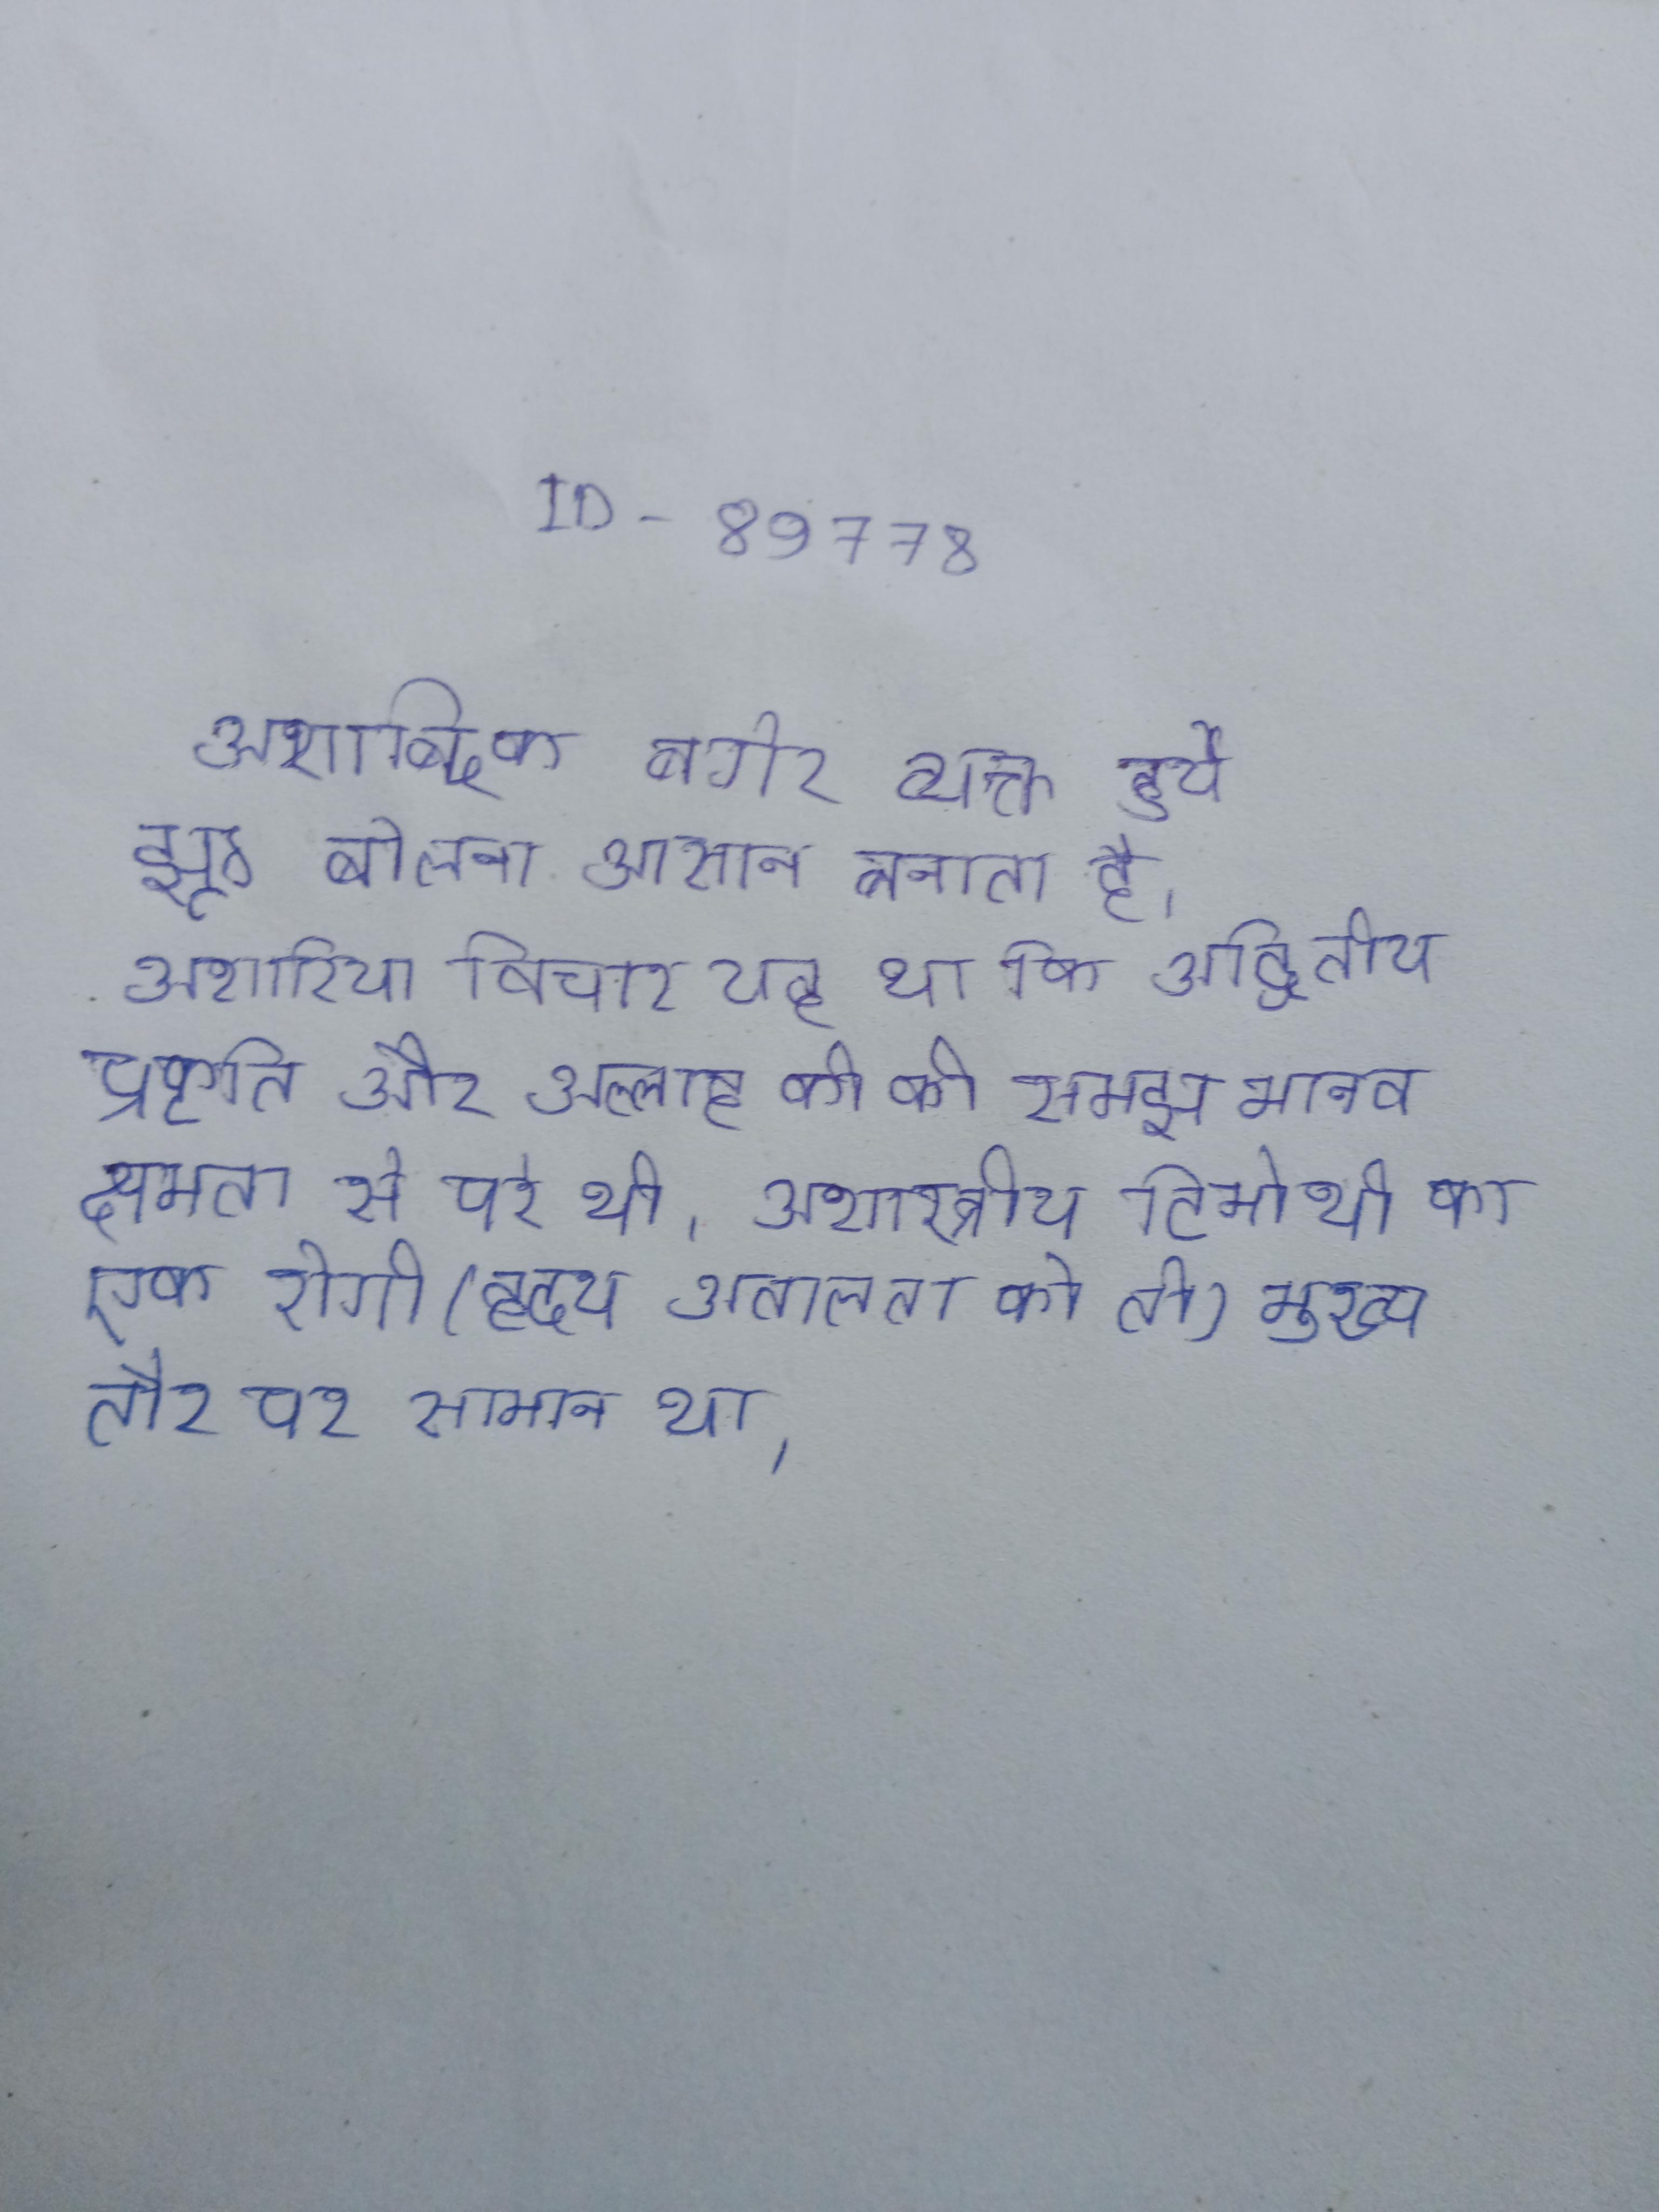
अशाब्दिक बगैर व्यक्त हुये झूठ बोलना आसान बनाता है । अशारिया विचार यह था कि अद्वितीय प्रकृति और अल्लाह की की समझ मानव क्षमता से परे थी । अशास्त्रीय टिमोथी का एक रोगी (ह्रदय अतालता को तो) मुख्य तौर पर सामान था ।